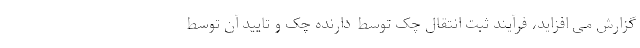
گزارش می افزاید، فرآیند ثبت انتقال چک توسط دارنده چک و تایید آن توسط